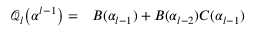
\begin{array} { r l } { \mathcal { Q } _ { l } \big ( \boldsymbol { \alpha } ^ { l - 1 } \big ) = } & { { } B ( \alpha _ { l - 1 } ) + B ( \alpha _ { l - 2 } ) C ( \alpha _ { l - 1 } ) } \end{array}